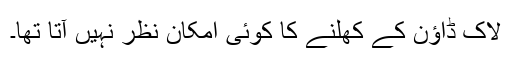
لاک ڈاؤن کے کھلنے کا کوئی امکان نظر نہیں آتا تھا۔